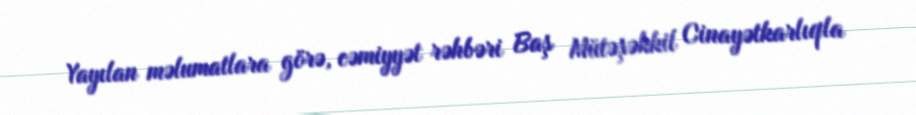
Yayılan məlumatlara görə, cəmiyyət rəhbəri Baş Mütəşəkkil Cinayətkarlıqla